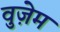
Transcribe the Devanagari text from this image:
वुज़ेम